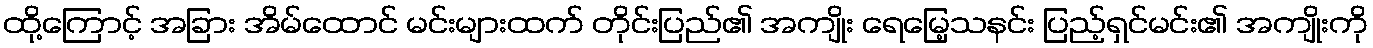
ထို့ကြောင့် အခြား အိမ်ထောင် မင်းများထက် တိုင်းပြည်၏ အကျိုး ရေမြေ့သနင်း ပြည့်ရှင်မင်း၏ အကျိုးကို